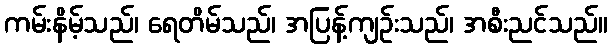
ကမ်းနိမ့်သည်၊ ရေတိမ်သည်၊ အပြန့်ကျဉ်းသည်၊ အစီးညင်သည်။